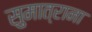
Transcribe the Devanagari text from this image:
सुमात्राना